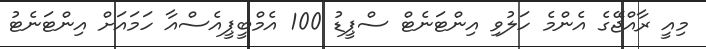
މިއީ ރާއްޖޭގެ އެންމެ ހަލުވި އިންޓަނެޓް ސްޕީޑު 100 އެމްބީޕީއެސްއާ ހަމައަށް އިންޓަނެޓު